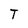
Character: T